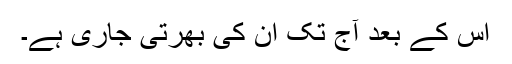
اس کے بعد آج تک ان کی بھرتی جاری ہے۔